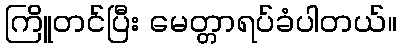
ကြိူတင်ပြီး မေတ္တာရပ်ခံပါတယ်။